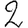
Digit: 2